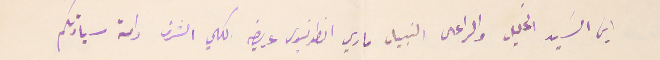
ايها السَيد الجليل والراعى النبيل ماري انطونيوس عريضه الكلي الشرف دامة سيادتكم